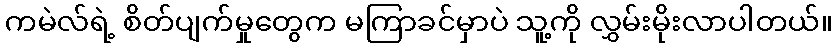
ကမဲလ်ရဲ့ စိတ်ပျက်မှုတွေက မကြာခင်မှာပဲ သူ့ကို လွှမ်းမိုးလာပါတယ်။